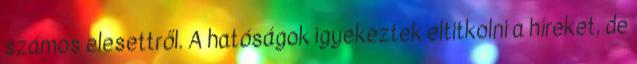
számos elesettről. A hatóságok igyekeztek eltitkolni a híreket, de